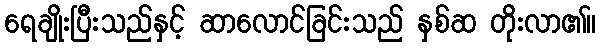
ရေချိုးပြီးသည်နှင့် ဆာလောင်ခြင်းသည် နှစ်ဆ တိုးလာ၏။